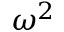
\omega ^ { 2 }